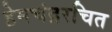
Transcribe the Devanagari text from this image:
हेमचंद्ररचित